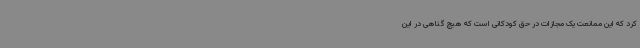
کرد که این ممانعت یک مجازات در حق کودکانی است که هیچ گناهی در این